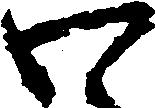
わ